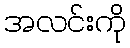
အလင်းကို